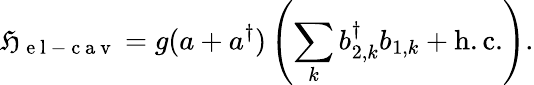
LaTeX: \mathfrak{H}_{\mathrm{{~e~l~-~c~a~v~}}}=g(a+a^{\dagger})\left(\sum_{k}b_{2,k}^{\dagger}b_{1,k}+\mathrm{{h.c.}}\right).